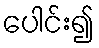
ပေါင်း၍